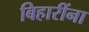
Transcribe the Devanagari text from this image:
बिहारींना